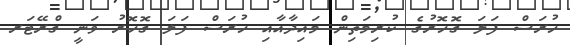
ހުރަސް ފަލަ ގޮހޮރުގެ ކުރިމަތިން މައިދާއާއި ހުރަސް ފަލަ ގޮހޮރު ވަނީ ގްރޭޓަރ